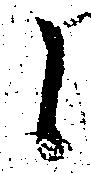
候